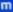
m